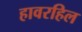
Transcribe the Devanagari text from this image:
हावरहिल